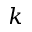
k